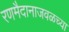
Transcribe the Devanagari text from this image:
रणमैदानाजवळच्या